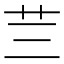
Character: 𮶜